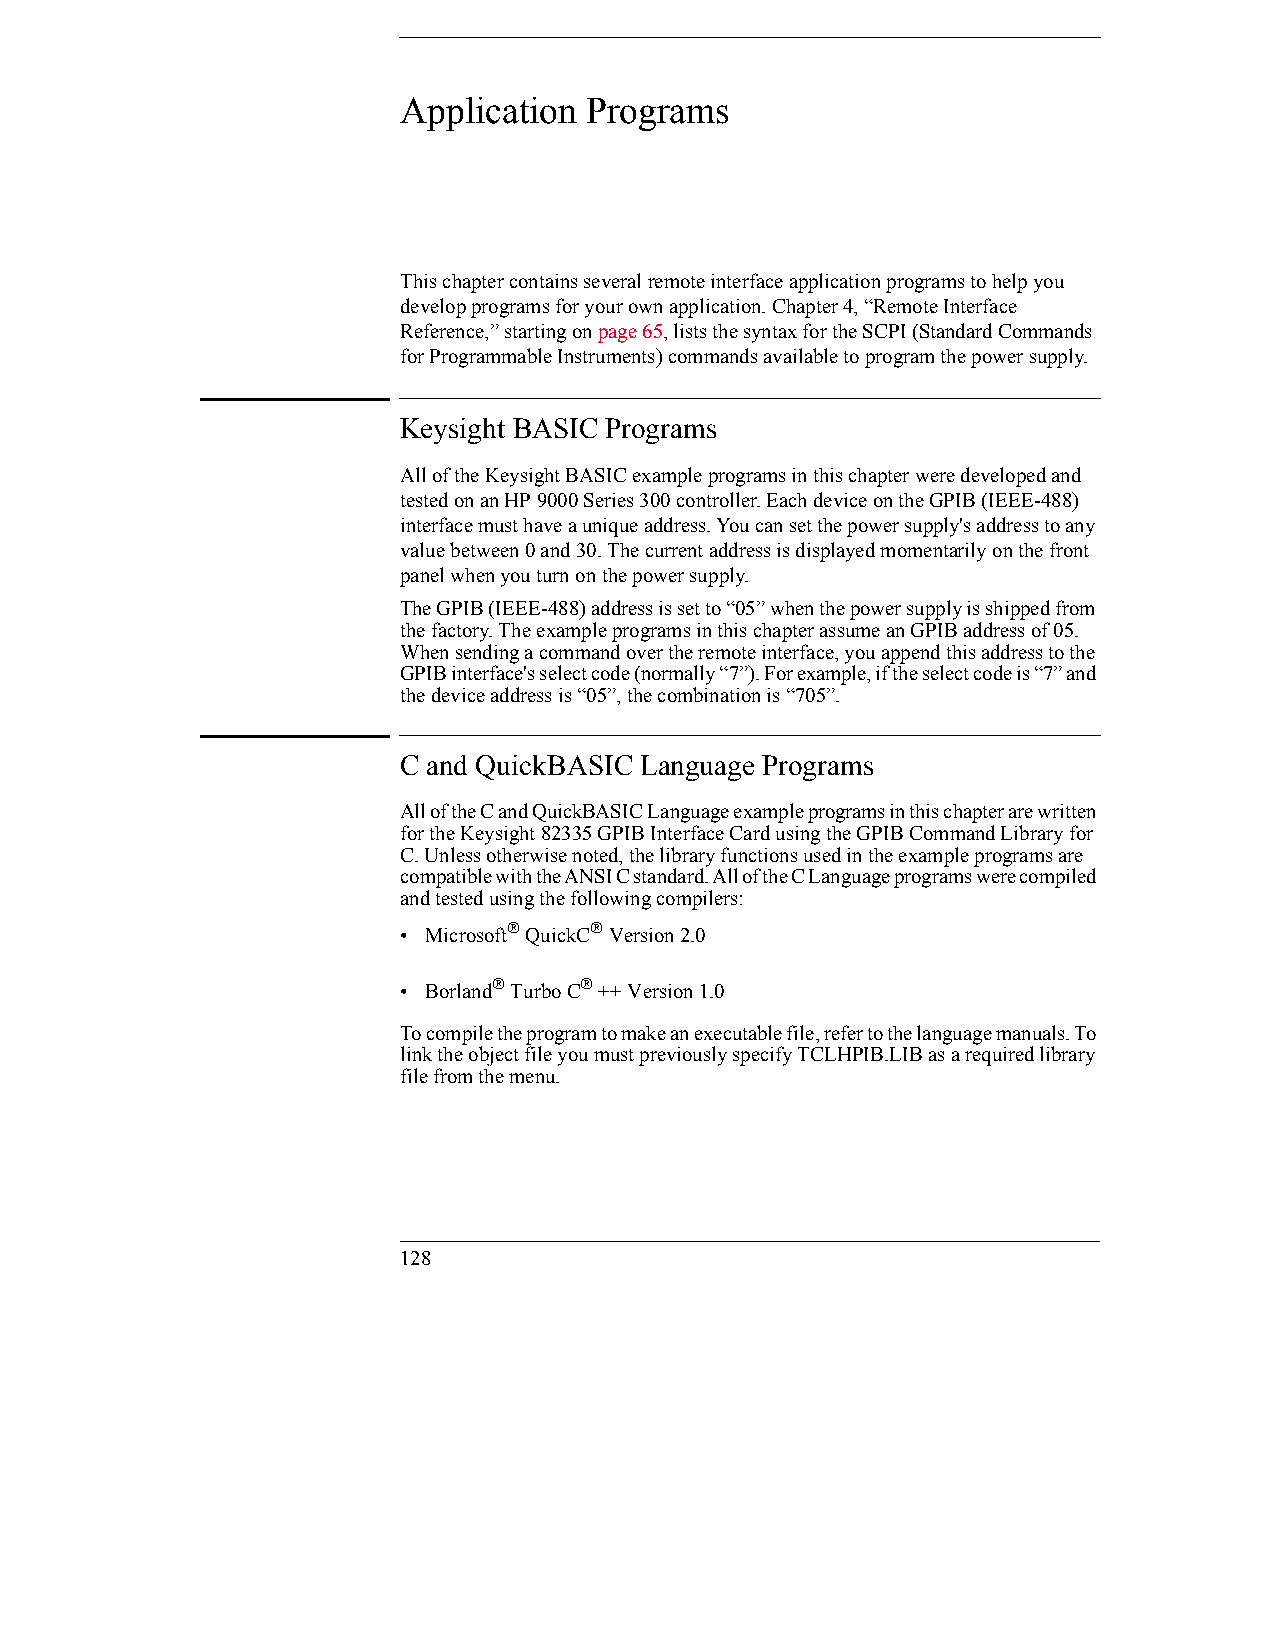
Application  Programs
 This chapter contains several remote interface application programs to help you
 develop programs for your own application. Chapter 4, “Remote Interface
 Reference,” starting on page 65, lists the syntax for the SCPI (Standard Commands
 for Programmable Instruments) commands available to program the power supply.
 Keysight BASIC Programs
 All of the Keysight BASIC example programs in this chapter were developed and
 tested on an HP 9000 Series 300 controller. Each device on the GPIB (IEEE-488)
 interface must have a unique address. You can set the power supply's address to any
 value between 0 and 30. The current address is displayed momentarily on the front
 panel when you turn on the power supply.
 The GPIB (IEEE-488) address is set to “05” when the power supply is shipped from
 the factory. The example programs in this chapter assume an GPIB address of 05.
 When sending a command over the remote interface, you append this address to the
 GPIB interface's select code (normally “7”). For example, if the select code is “7” and
 the device address is “05”, the combination is “705”.
 C and QuickBASIC Language Programs
 All of the C and QuickBASIC Language example programs in this chapter are written
 for the Keysight 82335 GPIB Interface Card using the GPIB Command Library for
 C. Unless otherwise noted, the library functions used in the example programs are
 compatible with the ANSI C standard. All of the C Language programs were compiled
 and tested using the following compilers:
 • Microsoft QuickC Version 2.0
 • Borland Turbo C ++ Version 1.0
 To compile the program to make an executable file, refer to the language manuals. To
 link the object file you must previously specify TCLHPIB.LIB as a required library
 file from the menu.
 128
 